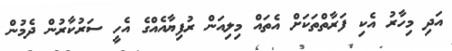
އަދި މިހާރު އެކި ފަރާތްތަކަށް އެތައް މިލިއަން ރުފިޔާއެއްގެ އެހީ ސަރުކާރުން ދެމުން